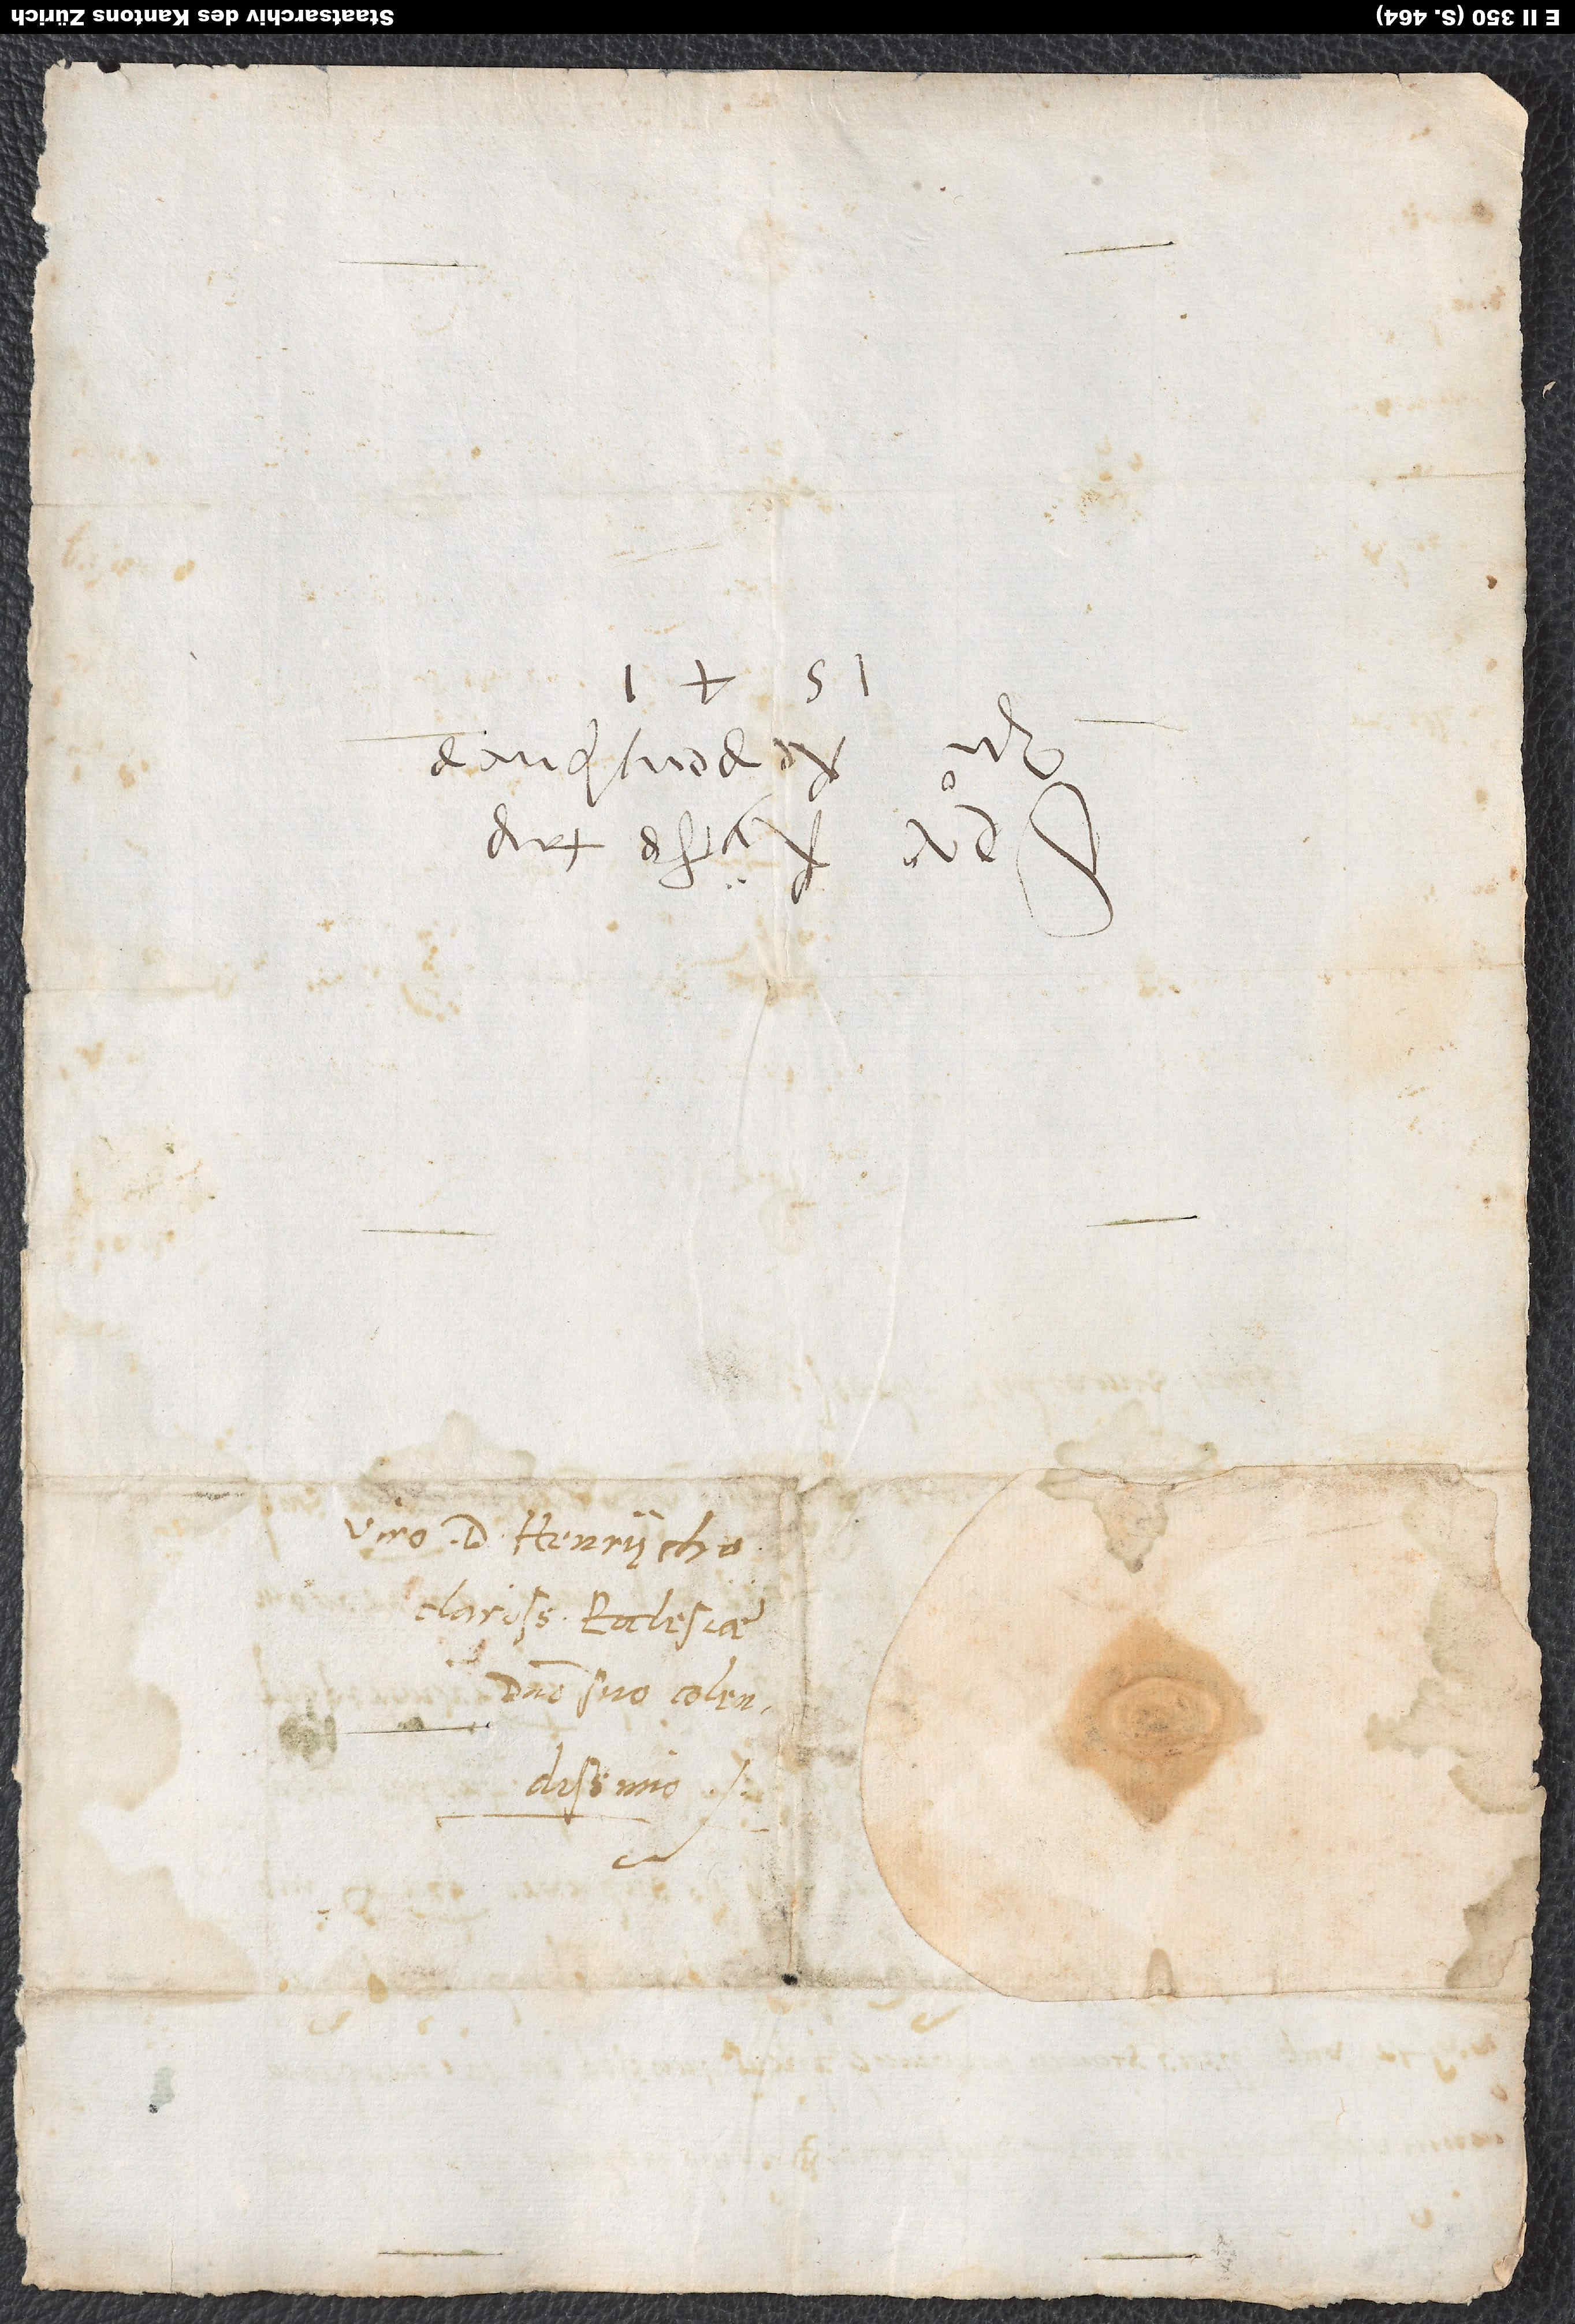
S.
viro D. Henrycho
clarissimae ecclesiae
domino suo colendissimo.